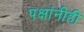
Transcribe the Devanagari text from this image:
पक्षांनीही